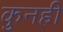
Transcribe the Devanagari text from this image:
कुनही